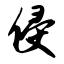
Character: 侵